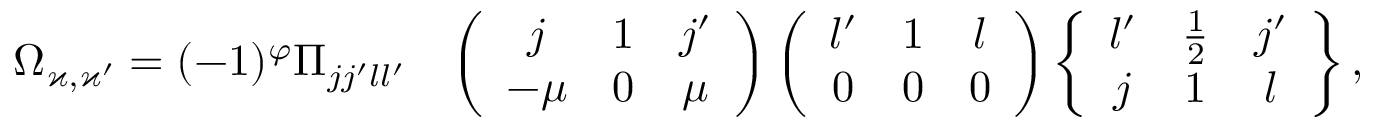
\begin{array} { r l } { \Omega _ { \varkappa , \varkappa ^ { \prime } } = ( - 1 ) ^ { \varphi } \Pi _ { j j ^ { \prime } l l ^ { \prime } } } & { \left( \begin{array} { c c c } { j } & { 1 } & { j ^ { \prime } } \\ { - \mu } & { 0 } & { \mu } \end{array} \right) \left( \begin{array} { c c c } { l ^ { \prime } } & { 1 } & { l } \\ { 0 } & { 0 } & { 0 } \end{array} \right) \left\{ \begin{array} { c c c } { l ^ { \prime } } & { \frac 1 2 } & { j ^ { \prime } } \\ { j } & { 1 } & { l } \end{array} \right\} , } \end{array}